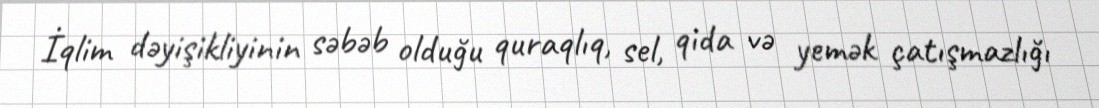
İqlim dəyişikliyinin səbəb olduğu quraqlıq, sel, qida və yemək çatışmazlığı